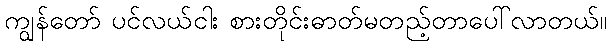
ကျွန်တော် ပင်လယ်ငါး စားတိုင်းဓာတ်မတည့်တာပေါ်လာတယ်။